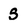
Character: S